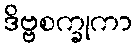
ဒိဗ္ဗစက္ခုကာ